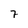
Character: 7